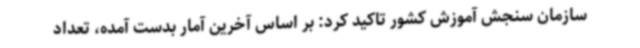
سازمان سنجش آموزش کشور تاکید کرد: بر اساس آخرین آمار بدست آمده، تعداد